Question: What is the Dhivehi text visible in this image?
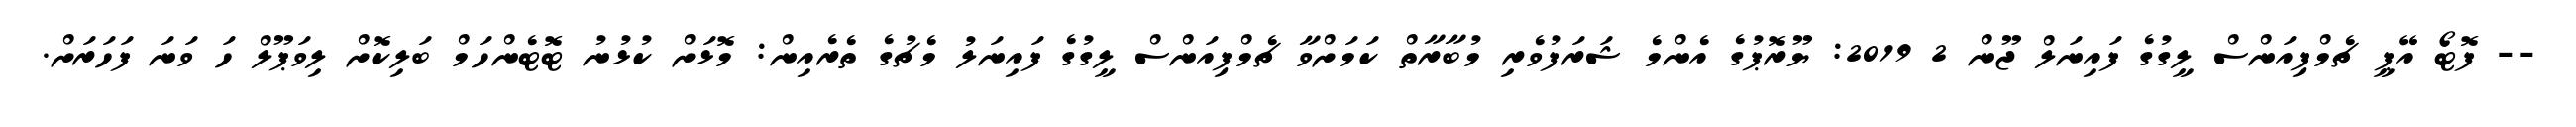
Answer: -- ފޮޓޯ އޭޕީ ޗެމްޕިއަންސް ލީގުގެ ފައިނަލް ޖޫން 2 2019: ޔޫރޮޕުގެ އެންމެ ޝަރަފުވެރި މުބާރާތް ކަމަށްވާ ޗެމްޕިއަންސް ލީގުގެ ފައިނަލު މެޗުގެ ތެރެއިން: މޮޅަށް ކުޅުނު ޓޮޓެންހަމް ބަލިކޮށް ލިވަޕޫލް ހަ ވަނަ ފަހަރަށް.